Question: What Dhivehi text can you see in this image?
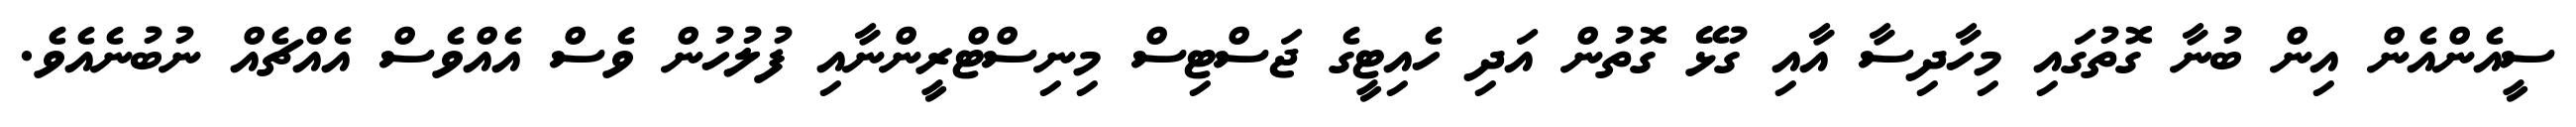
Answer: ސީއެންއެން އިން ބުނާ ގޮތުގައި މިހާދިސާ އާއި ގުޅޭ ގޮތުން އަދި ހެއިޓީގެ ޖަސްޓިސް މިނިސްޓްރީންނާއި ފުލުހުން ވެސް އެއްވެސް އެއްޗެއް ނުބުނެއެވެ.